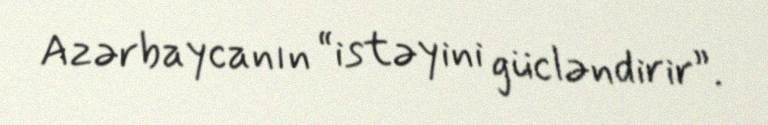
Azərbaycanın “istəyini gücləndirir”.